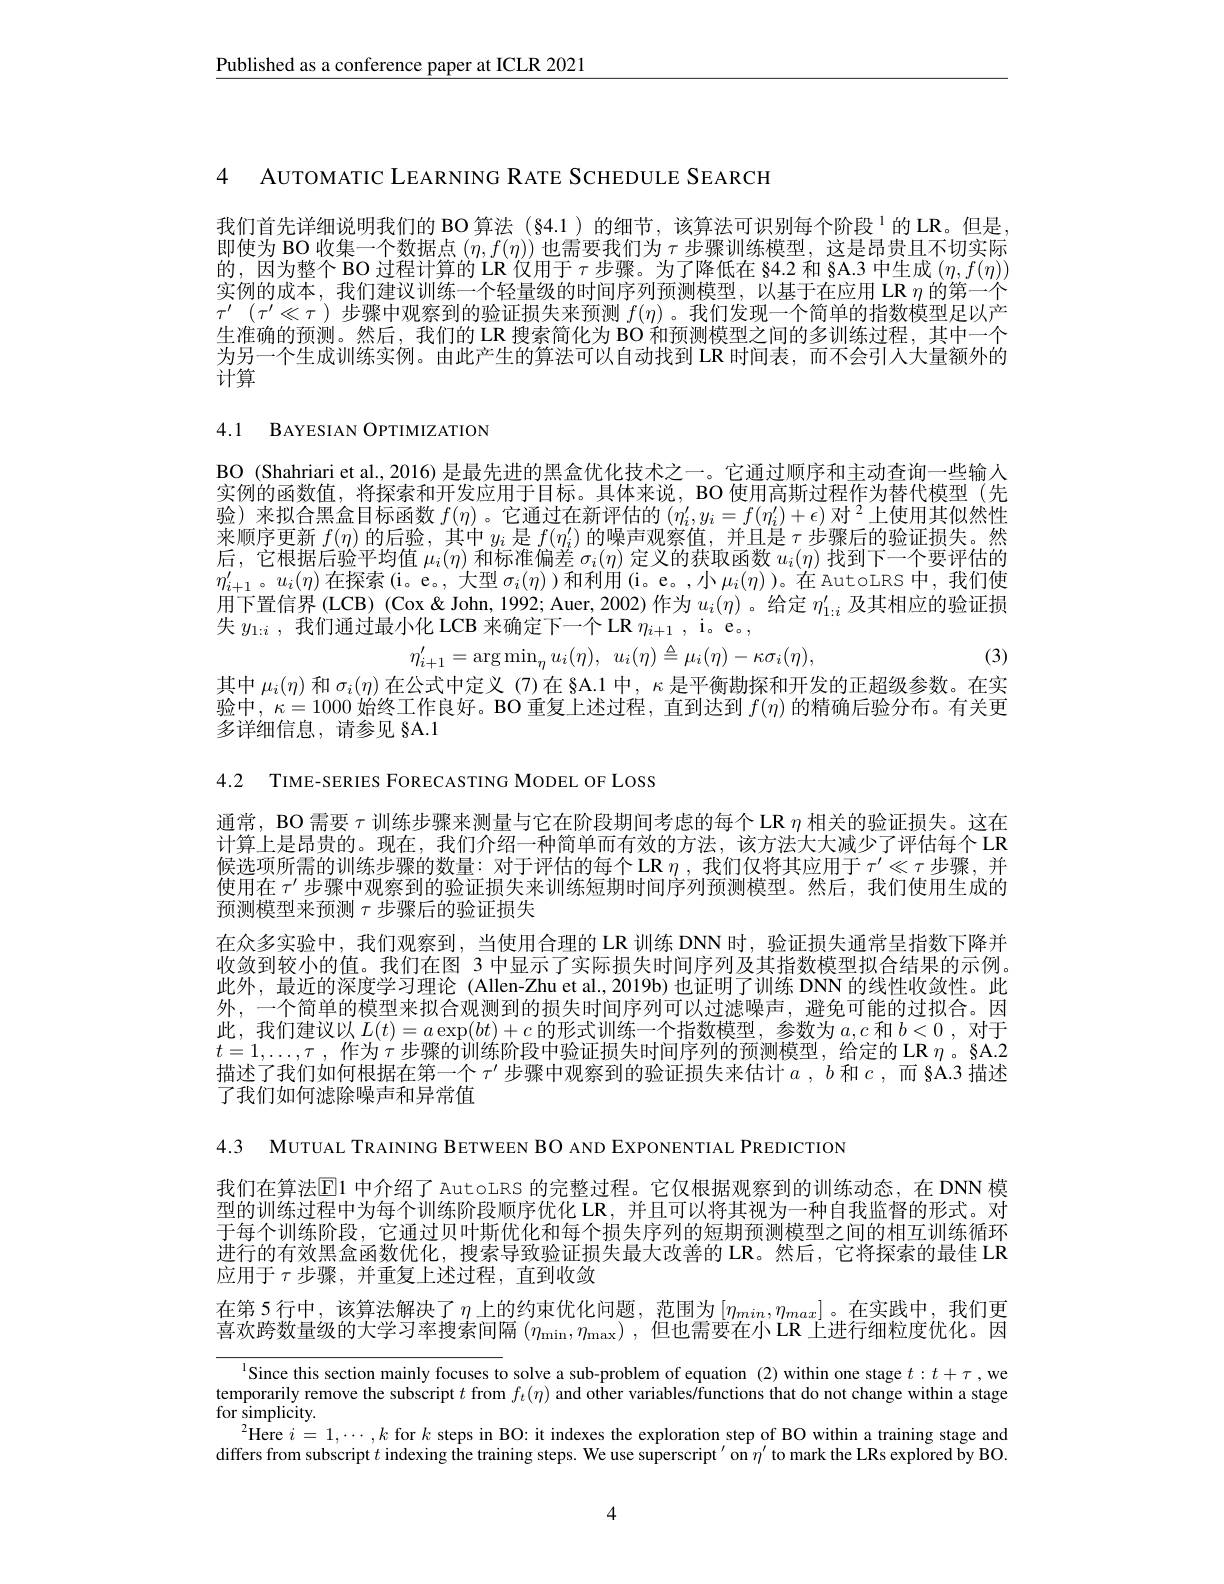
$\underline{\text{Published as a conference paper at ICLR 2021}}$

4 AUTOMATIC LEARNING RATE SCHEDULE SEARCH

我们首先详细说明我们的 BO 算法 (§4.1)的细节，该算法可识别每个阶段 $^{1}$的 LR。但是即使为 BO 收集一个数据点$(\eta,f(\eta))$也需要我们为$\tau$步骤训练模型，这是昂贵且不切实际的，因为整个 BO 过程计算的 LR 仅用于$\tau$步骤。为了降低在 84.2 和 §A.3 中生成$(\eta,f(\eta))$ 实例的成本，我们建议训练一个轻量级的时间序列预测模型，以基于在应用 LR $\eta$的第一个$\tau^{\prime}\left(\tau^{\prime}\ll\tau\right)步骤中观察到的验证损失来预测f(\eta)$。我们发现一个简单的指数模型足以产生准确的预测。然后，我们的 LR 搜索简化为 BO 和预测模型之间的多训练过程，其中一个为另一个生成训练实例。由此产生的算法可以自动找到 LR 时间表，而不会引人大量额外的计算

4.1 BAYESIAN OPTIMIZATION

BO (Shahriari et al, 2016) 是最先进的黑盒优化技术之一。它通过顺序和主动查询一些输人实例的函数值，将探索和开发应用于目标。具体来说，BO 使用高斯过程作为替代模型(先验)来拟合黑盒目标函数$f(\eta)$ 。它通过在新评估的$(\eta_i^{\prime},y_i=f(\eta_i^{\prime})+\epsilon)\text{ 对 }^2$上使用其似然性来顺序更新$f(\eta)$的后验，其中$y_i$是$f(\eta_i^{\prime})$的噪声观察值，并且是$\tau$步骤后的验证损失。然后，它根据后验平均值$\mu_i(\eta)$和标准偏差$\sigma_i(\eta)$定义的获取函数$u_i(\eta)$找到下一个要评估的$\eta_{i+1}^{\prime}$。$u_i(\eta)$在探索(i。e。, 大型$\sigma_i(\eta)$)和利用(i。e。,小$\mu_i(\eta)$)。在 AutoLRS 中，我们使用下置信界(LCB) (Cox & John, 1992; Auer, 2002) 作为$u_i(\eta)$ 。给定$\eta_1:i^{\prime}$及其相应的验证损失$y_{1:i}$ ,我们通过最小化 LCB 来确定下一个 LR $\eta_{i+1}$, i。e。,
(3)
$$\eta'_{i+1}=\arg\min_{\eta}u_{i}(\eta),\:u_{i}(\eta)\triangleq\mu_{i}(\eta)-\kappa\sigma_{i}(\eta),$$
其中$\mu_i(\eta)$和$\sigma_i(\eta)$在公式中定义 (7)在 §A.1 中，$\kappa$是平衡勘探和开发的正超级参数。在实验中，$\kappa=1000$始终工作良好。BO 重复上述过程，直到达到$f(\eta)$的精确后验分布。有关更

多详细信息，请参见 §A.1

4.2 TIME-SERIES FORECASTING MODEL OF LOSS

通常，BO 需要$\tau$训练步骤来测量与它在阶段期间考虑的每个 LR $\eta$相关的验证损失。这在计算上是昂贵的。现在，我们介绍一种简单而有效的方法，该方法大大减少了评估每个 LR 候选项所需的训练步骤的数量：对于评估的每个 LR $\eta$ ,我们仅将其应用于$\tau^\prime\ll\tau$步骤，并使用在$\tau^{\prime}$步骤中观察到的验证损失来训练短期时间序列预测模型。然后，我们使用生成的预测模型来预测$\tau$步骤后的验证损失
在众多实验中，我们观察到，当使用合理的 LR 训练 DNN 时，验证损失通常呈指数下降并收敛到较小的值。我们在图 3 中显示了实际损失时间序列及其指数模型拟合结果的示例。此外，最近的深度学习理论 (Allen-Zhu et al., 2019b) 也证明了训练 DNN 的线性收敛性。此外，一个简单的模型来拟合观测到的损失时间序列可以过滤噪声，避免可能的过拟合。因此，我们建议以$L(t)=a\exp(bt)+c$的形式训练一个指数模型，参数为$a,c$和$b<0$,对于$t= 1, \ldots , \tau$ , 作为$\tau$步骤的训练阶段中验证损失时间序列的预测模型，给定的 LR $\eta$。§A.2描述了我们如何根据在第一个$\tau^\prime$步骤中观察到的验证损失来估计$a,b$和$c$,而 §A.3 描述了我们如何滤除噪声和异常值

4.3 MUTUAL TRAINING BETWEEN BO AND EXPONENTIAL PREDICTION

我们在算法$\color{red}{\mathrm{E}}$1 中介绍了 AutoLRS 的完整过程。它仅根据观察到的训练动态，在 DNN 模型的训练过程中为每个训练阶段顺序优化 LR, 并且可以将其视为一种自我监督的形式。对于每个训练阶段，它通过贝叶斯优化和每个损失序列的短期预测模型之间的相互训练循环进行的有效黑盒函数优化，搜索导致验证损失最大改善的 LR。然后，它将探索的最佳 LR 应用于$\tau$步骤，并重复上述过程，直到收敛
在第 5 行中，该算法解决了$\eta$上的约束优化问题，范围为$[\eta_{min},\eta_{max}]$。在实践中，我们更喜欢跨数量级的大学习率搜索间隔$(\eta_\mathrm{min},\eta_\mathrm{max})$,但也需要在小 LR 上进行细粒度优化。因

$^{1}$Since this section mainly focuses to solve a sub-problem of equation (2) within one stage $t:t+\tau$,we temporarily remove the subscript $t$ from $f_t(\eta)$ and other variables/functions that do not change within a stage for simplicity.
$^{2}$Here $i=1,\cdots,k$ for $k$ steps in BO: it indexes the exploration step of BO within a training stage and differs from subscript $t$ indexing the training steps. We use superscript $^\prime$ on $\eta^{\prime}$ to mark the LRs explored by BO

4